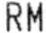
RM